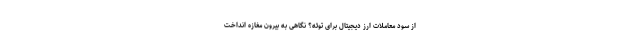
از سود معاملات ارز دیجیتال برای توئه؟ نگاهی به بیرون مغازه انداخت